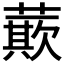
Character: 𮑡